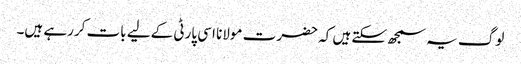
لوگ یہ سمجھ سکتے ہیں کہ حضرت مولانا اسی پارٹی کےلیے بات کررہے ہیں۔